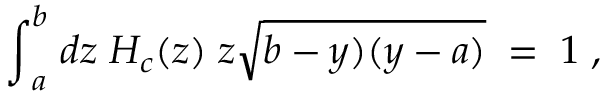
{ \int } _ { a } ^ { b } \; d z \; H _ { c } ( z ) \; z \sqrt { b - y ) ( y - a ) } \; = \; 1 \; ,